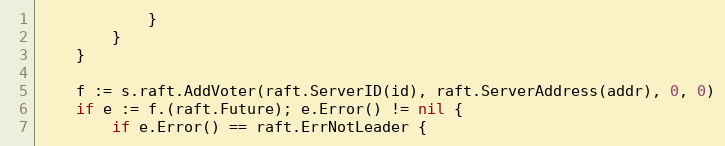
Language: Go
			}
		}
	}

	f := s.raft.AddVoter(raft.ServerID(id), raft.ServerAddress(addr), 0, 0)
	if e := f.(raft.Future); e.Error() != nil {
		if e.Error() == raft.ErrNotLeader {